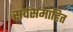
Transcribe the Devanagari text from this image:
सर्वसमाहित